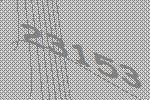
23153